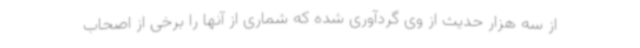
از سه هزار حدیث از وی گردآوری شده که شماری از آنها را برخی از اصحاب